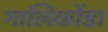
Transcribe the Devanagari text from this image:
गालिकोंडा